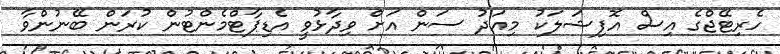
ހެރިޓޭޖްގެ އިސް އޮފިޝަލަކު މިއަދު ސަން އަށް ވިދާޅުވީ އެޑިޕާޓްމެންޓުން ކުރަން ބޭނުންވާ